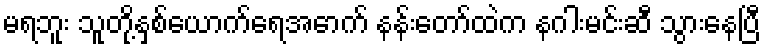
မရဘူး သူတို့နှစ်ယောက်ရေအောက် နန်းတော်ထဲက နဂါးမင်းဆီ သွားနေပြီ